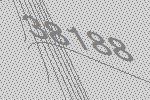
38188